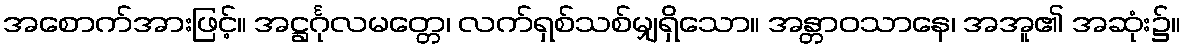
အစောက်အားဖြင့်။ အဋ္ဌင်္ဂုလမတ္တေ၊ လက်ရှစ်သစ်မျှရှိသော။ အန္တာဝသာနေ၊ အအူ၏ အဆုံး၌။